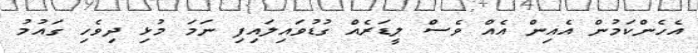
އެހެންކަމުން އެއިން އެއް ވެސް ލީޑަރެއް ގުޑުވައިލައިފި ނަމަ މުޅި ދިވެހި ގައުމު